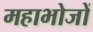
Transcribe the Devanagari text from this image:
महाभोजों